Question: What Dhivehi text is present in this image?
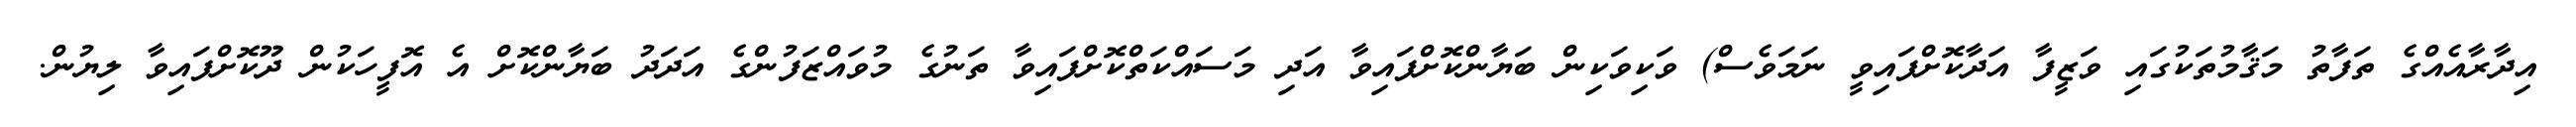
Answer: އިދާރާއެއްގެ ތަފާތު މަޤާމުތަކުގައި ވަޒީފާ އަދާކޮށްފައިވީ ނަމަވެސް) ވަކިވަކިން ބަޔާންކޮށްފައިވާ އަދި މަސައްކަތްކޮށްފައިވާ ތަނުގެ މުވައްޒަފުންގެ އަދަދު ބަޔާންކޮށް އެ އޮފީހަކުން ދޫކޮށްފައިވާ ލިޔުން.